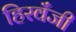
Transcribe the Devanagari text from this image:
हिरवँजी